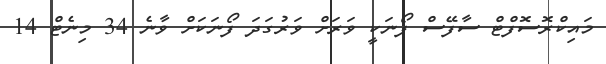
މައިކްރޮސޮފްޓް ސާފޭސް ފޯނަކީ ވަރަށް ވަރުގަދަ ފޯނަކަށް ވާނެ 34 މިނެޓް 14